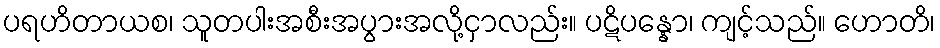
ပရဟိတာယစ၊ သူတပါးအစီးအပွားအလို့ငှာလည်း။ ပဋိပန္နော၊ ကျင့်သည်။ ဟောတိ၊